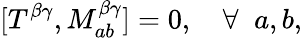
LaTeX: [T^{\beta\gamma},M_{ab}^{\beta\gamma}]=0,\quad\forall\; \; a,b,